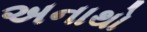
અનાથો